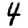
Digit: 4